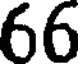
66